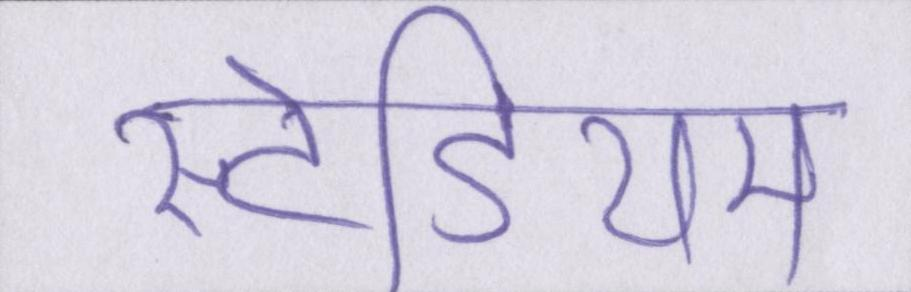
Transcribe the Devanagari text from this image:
स्टेडियम